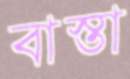
বাস্তা